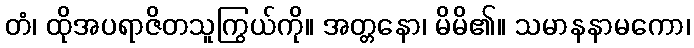
တံ၊ ထိုအပရာဇိတသူကြွယ်ကို။ အတ္တနော၊ မိမိ၏။ သမာနနာမကော၊